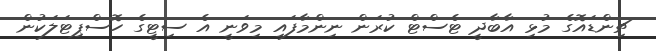
ޗިންޑައޮގެ މުޅި އާބާދީ ޓެސްޓް ކުރަން ނިންމާފައި މިވަނީ އެ ސިޓީގެ ހޮސްޕިޓަލަކުން